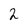
Character: 2